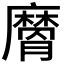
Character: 𭚉